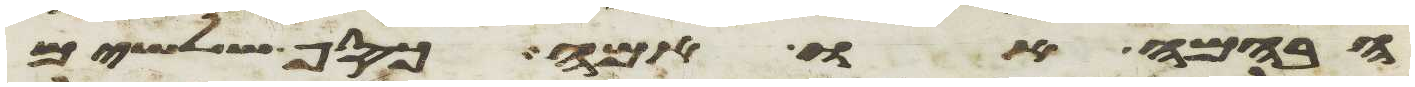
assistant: הבהמה או אמה כסף שלשים